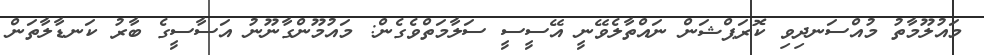
މައުލޫމާތު މުއްސަނދިވި ކޮރަޕްޝަން ނައްތާލެވޭނީ އޭސީސީ ސަލާމަތްވެގެން: މައުމޫންގާނޫނު އަސާސީގެ ބާރު ކަނޑާލާތަން